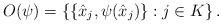
LaTeX: \begin{align*}O(\psi)=\left\{\{\hat{x}_j,\psi(\hat{x}_j)\}: j\in K\right\}.\end{align*}